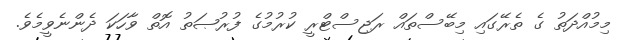
މިމުއްދަތު ގެ ތެރޭގައި މިބޭސްތައް ރަޖިސްޓްރީ ކުރުމުގެ ފުރުޞަތު އޮތް ވާހަކަ ދެންނެވީމެވެ.